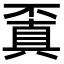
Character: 𠁒